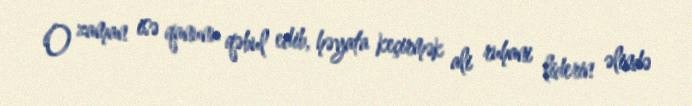
O zaman isə qanunu qəbul edib, həyata keçirmək ali ruhani liderin əlində